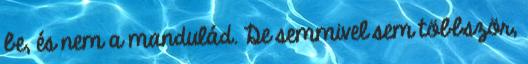
be, és nem a mandulád. De semmivel sem többször,